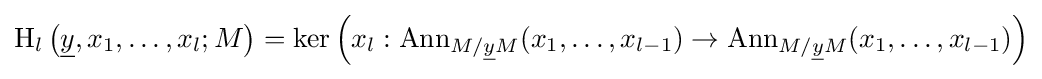
\operatorname {H} _{l}\left({\underline {y}},x_{1},\dots ,x_{l};M\right)=\operatorname {ker} \left(x_{l}:\operatorname {Ann} _{M/{\underline {y}}M}(x_{1},\dots ,x_{l-1})\to \operatorname {Ann} _{M/{\underline {y}}M}(x_{1},\dots ,x_{l-1})\right)